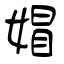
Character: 媢